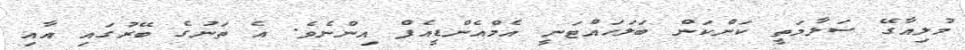
މުލިއާގޭ ސަލާމަތީ ކަންކަން ބަލަހައްޓަނީ އެމްއެންޑީއެފް އިންނެވެ. އެ ތަނުގެ ބޭރުގައި އާއި